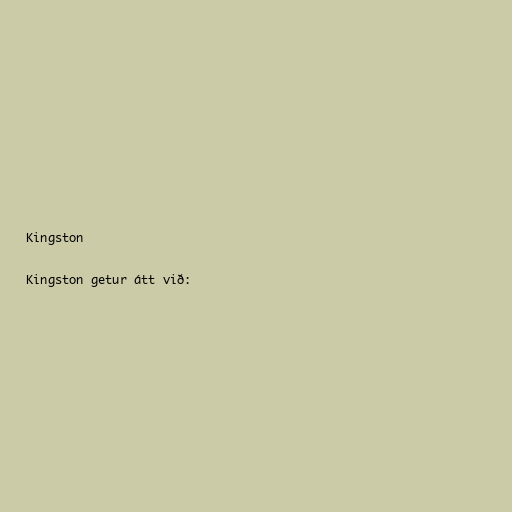
Kingston

Kingston getur átt við: